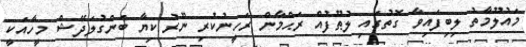
މައުލޫމާތު ލިބިފައިވާ ގޮތުގައި ލުޠޫފުއް ރަޙްމާން ރަހީނުކުރި ނޫރު ކިޔާ ބަންގުލަދޭޝް މީހާއަކީ